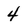
Character: 4